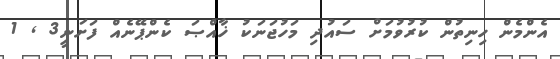
އެންމެން ހިނިތުން ކުރުވުމަށް ސައުދި މަހުޖަނަކު ޚާއްޞަ ކެންޕޭނެއް ފަށަނީ3